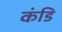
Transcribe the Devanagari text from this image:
कंडि